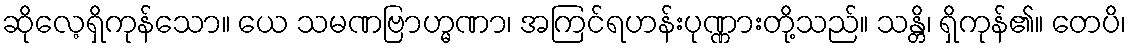
ဆိုလေ့ရှိကုန်သော။ ယေ သမဏဗြာဟ္မဏာ၊ အကြင်ရဟန်းပုဏ္ဏားတို့သည်။ သန္တိ၊ ရှိကုန်၏။ တေပိ၊